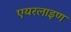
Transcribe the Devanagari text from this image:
एयरलाइण